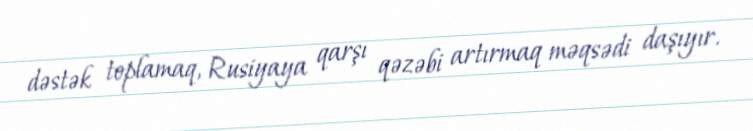
dəstək toplamaq, Rusiyaya qarşı qəzəbi artırmaq məqsədi daşıyır.